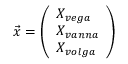
{ \vec { x } } = { \left( \begin{array} { l } { X _ { v e g a } } \\ { X _ { v a n n a } } \\ { X _ { v o l g a } } \end{array} \right) }